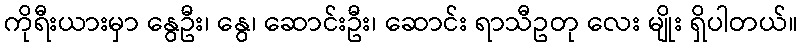
ကိုရီးယားမှာ နွေဦး၊ နွေ၊ ဆောင်းဦး၊ ဆောင်း ရာသီဥတု လေး မျိုး ရှိပါတယ်။